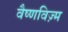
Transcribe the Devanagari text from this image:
वैष्णविज़्म